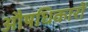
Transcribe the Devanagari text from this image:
औषधिकारों